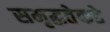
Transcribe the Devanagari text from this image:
समृद्धतेकडे